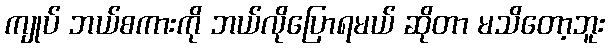
ကျုပ် ဘယ်စကားကို ဘယ်လိုပြောရမယ် ဆိုတာ မသိတော့ဘူး